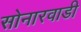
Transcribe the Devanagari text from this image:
सोनारवाडी